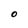
Character: O